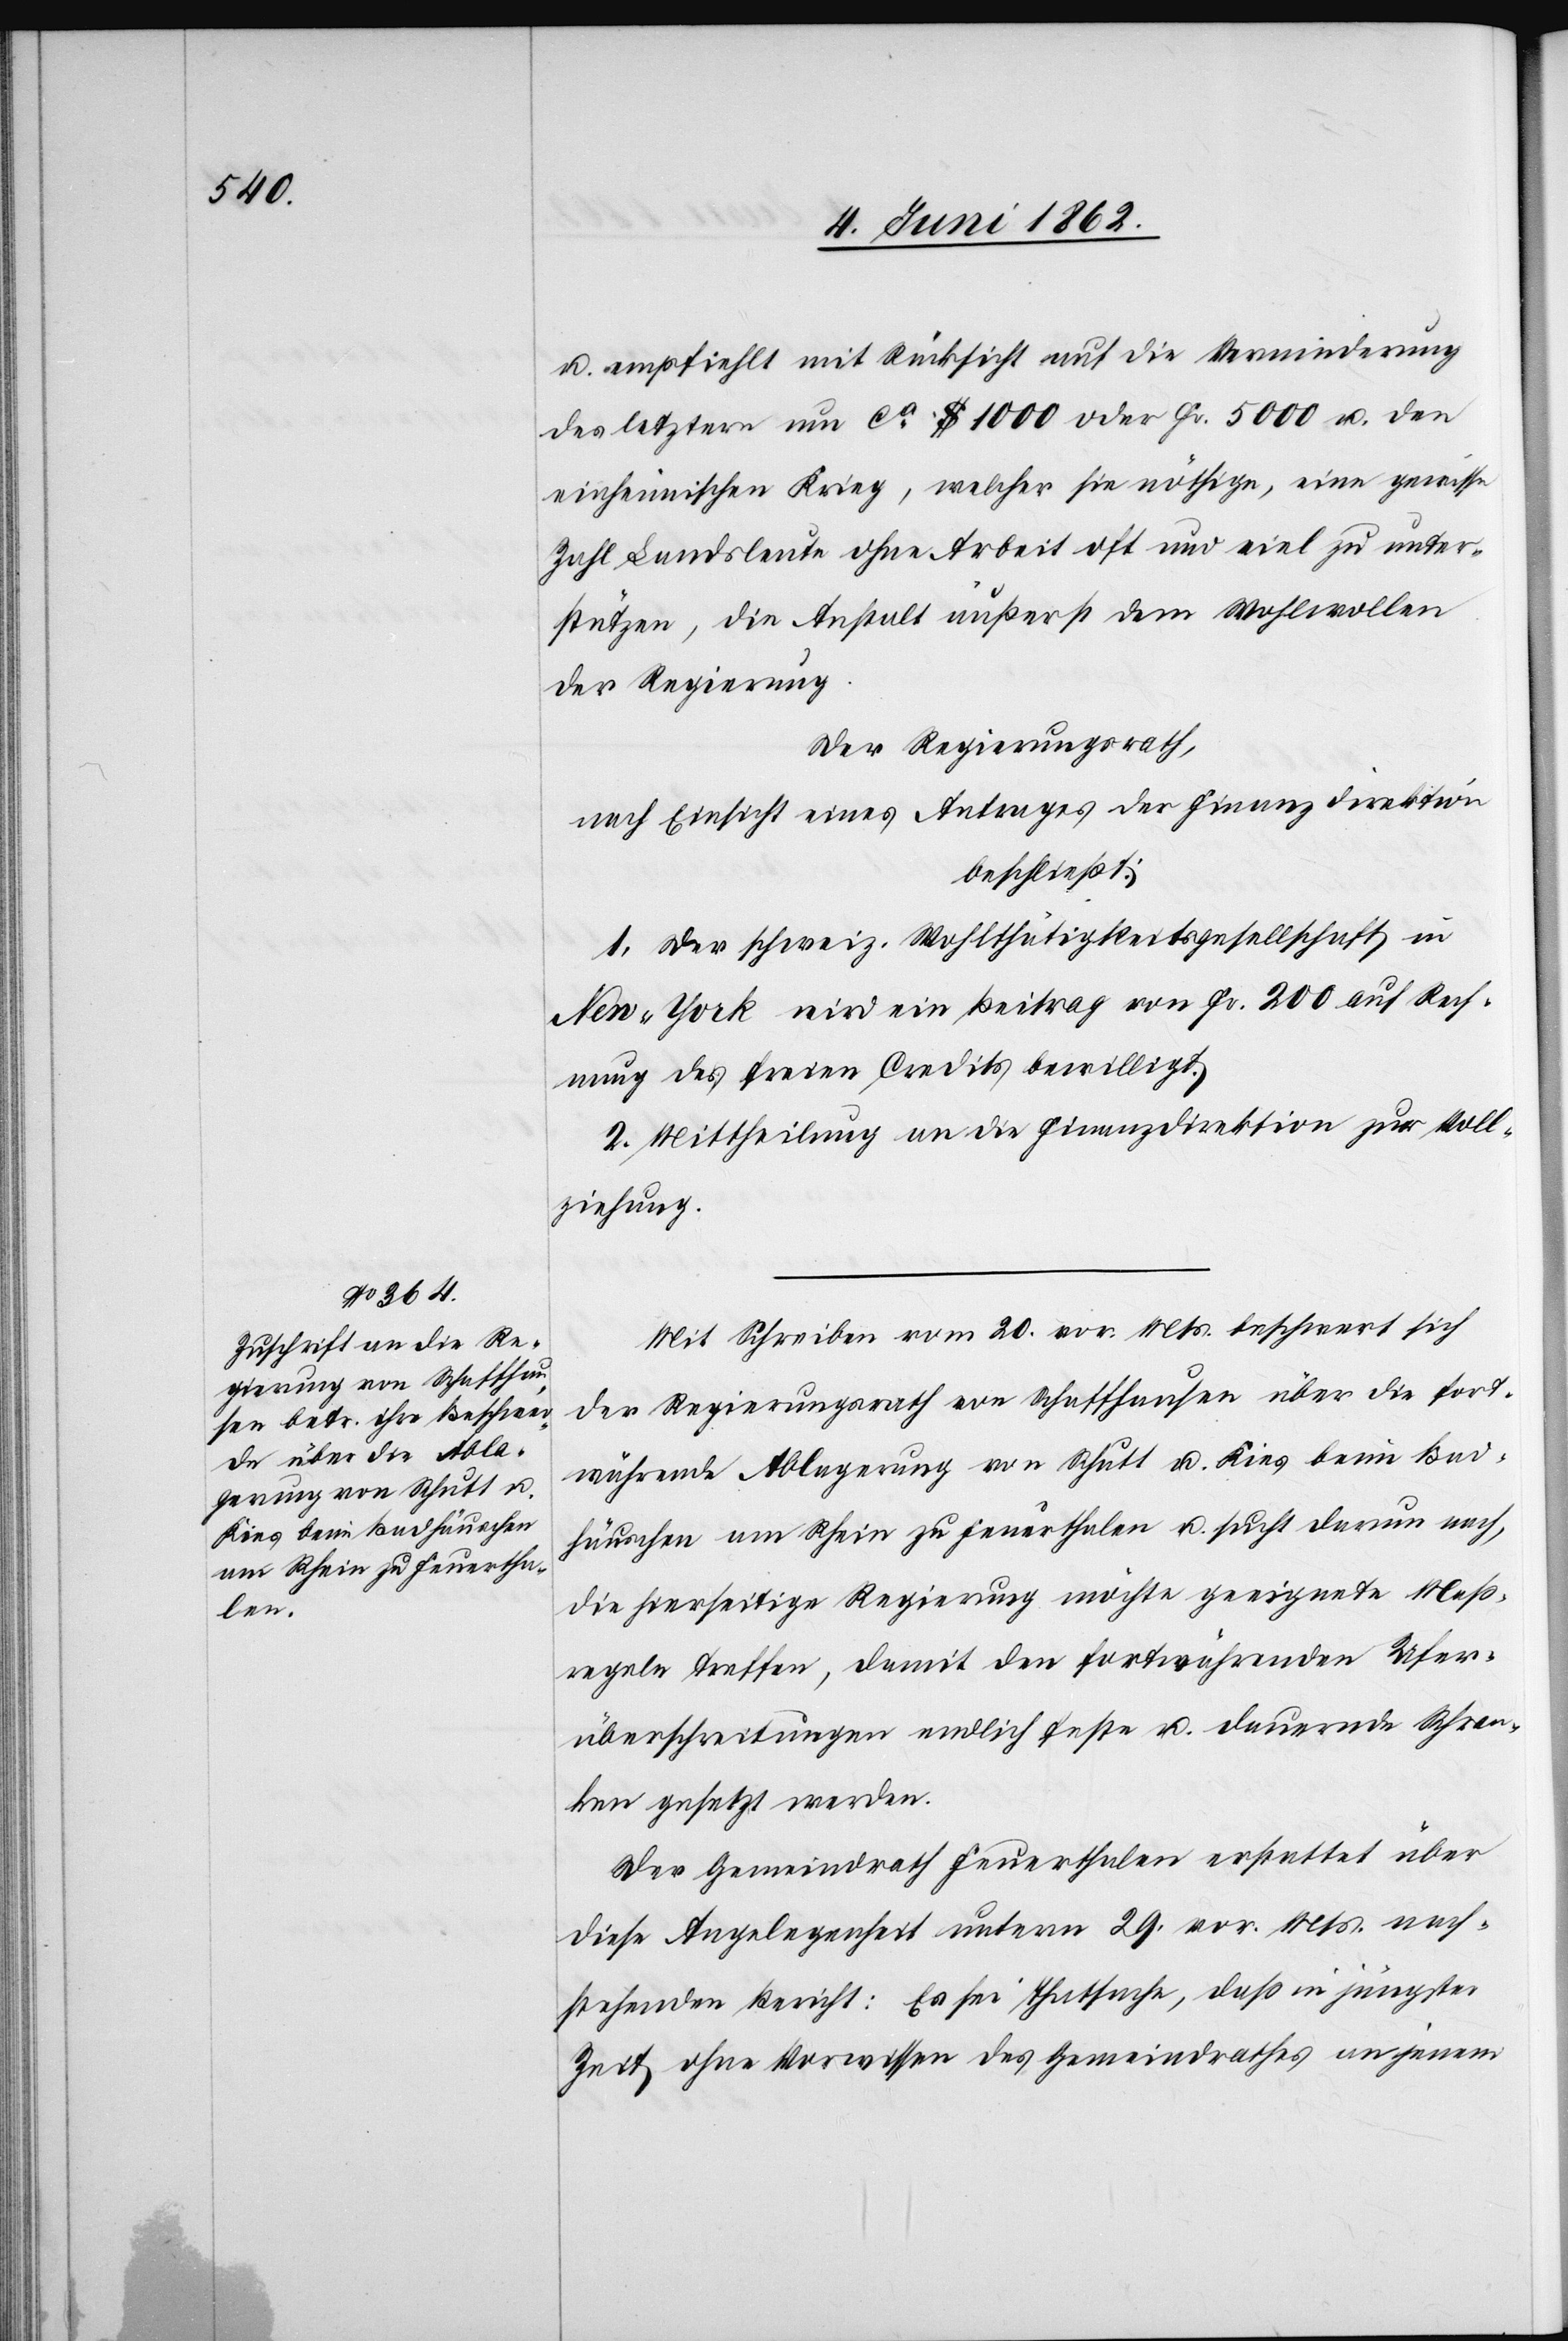
u. empfiehlt mit Rücksicht auf die Verminderung
des letzten um ca. $ 1000 oder Fr. 5000 u. den
einheimischen Krieg, welcher sie nöthige, eine gewisse
Zahl Landsleute ohne Arbeit oft und viel zu unter¬
stützen, die Anstalt äußerst dem Wohlwollen
der Regierung.
Der Regierungsrath,
nach Einsicht eines Antrages der Finanzdirektion
beschließt:
1. Der schweiz. Wohlthätigkeitsgesellschaft in
New-York wird ein Beitrag von Fr. 200 auf Rech¬
nung des freien Credites bewilligt.
2. Mittheilung an die Finanzdirektion zur Voll¬
ziehung.
Mit Schreiben vom 20. vor. Mts. beschwert sich
der Regierungsrath von Schaffhausen über die fort¬
währende Ablagerung von Schutt u. Kies beim Bad¬
häuschen am Rhein zu Feuerthalen u. sucht darum nach,
die hierseitige Regierung möchte geeignete Maß¬
regeln treffen, damit den fortwährenden Ufer¬
überschreitungen endlich feste u. dauernde Schran¬
ken gesetzt werden.
Der Gemeindrath Feuerthalen erstattet über
diese Angelegenheit unterm 29. vor. Mts. nach¬
stehenden Bericht: Es sei Thatsache, daß in jüngster
Zeit ohne Vorwissen des Gemeindrathes an jenem